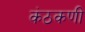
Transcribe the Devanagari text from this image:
कंठकणी